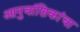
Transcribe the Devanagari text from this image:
आनुवांशिकांचा